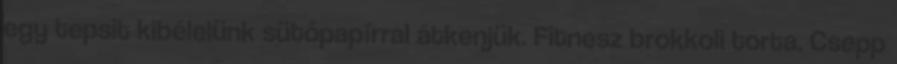
egy tepsit kibélelünk sütőpapírral átkenjük. Fitnesz brokkoli torta. Csepp